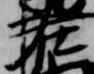
在